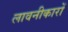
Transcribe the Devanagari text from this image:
लावनीकारों